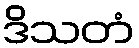
ဒိသတံ